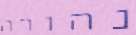
נהורה